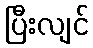
ပြီးလျင်